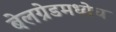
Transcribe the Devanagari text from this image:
बेलग्रेडमध्येच